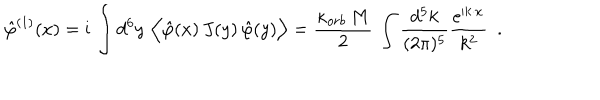
LaTeX: \hat { \varphi } ^ { ( 1 ) } ( x ) = \mathrm { i } \, \int d ^ { 6 } y \, \, \Big < \hat { \varphi } ( x ) \, J ( y ) \, \hat { \varphi } ( y ) \Big > = \frac { \kappa _ { o r b } \, M } { 2 } \, \int \frac { d ^ { 5 } k } { ( 2 \pi ) ^ { 5 } } \frac { \mathrm { e } ^ { \mathrm { i } k \cdot x } } { k ^ { 2 } } ~ ~ .